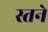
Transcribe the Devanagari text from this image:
स्तने